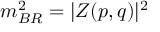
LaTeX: m _ { B R } ^ { 2 } = \vert { Z ( p , q ) } \vert ^ { 2 }